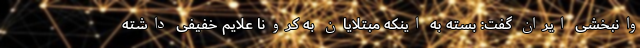
وانبخشی ایران گفت: بسته به اینکه مبتلایان به کرونا علایم خفیفی داشته